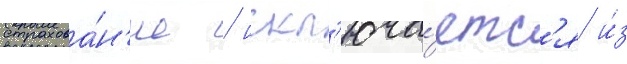
страхова́н'ие / искл'юча́етс'я и́з